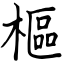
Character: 樞